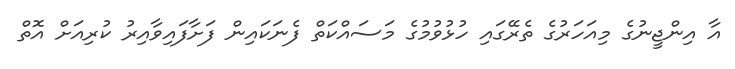
އާ އިންޖީނުގެ މިއަހަރުގެ ތެރޭގައި ހުޅުވުމުގެ މަސައްކަތް ފެނަކައިން ފަށާފައިވާއިރު ކުރިއަށް އޮތް